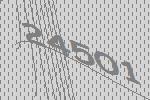
24501